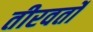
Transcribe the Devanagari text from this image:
तीरवर्तो